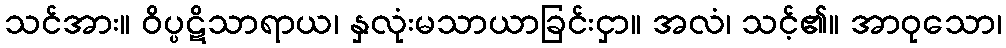
သင်အား။ ဝိပ္ပဋိသာရာယ၊ နှလုံးမသာယာခြင်းငှာ။ အလံ၊ သင့်၏။ အာဝုသော၊